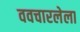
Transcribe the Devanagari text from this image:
ववचारलेला